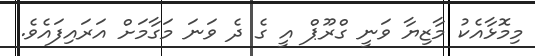
މިމޮޅާއެކު މާޒިޔާ ވަނީ ގްރޫޕް އީ ގެ ދެ ވަނަ މަގާމަށް އަރައިފައެވެ.